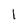
Character: 1